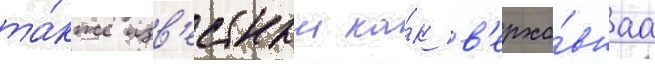
та́кже изв'естныи ка́к в'ерхо́внаа